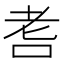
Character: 䎛